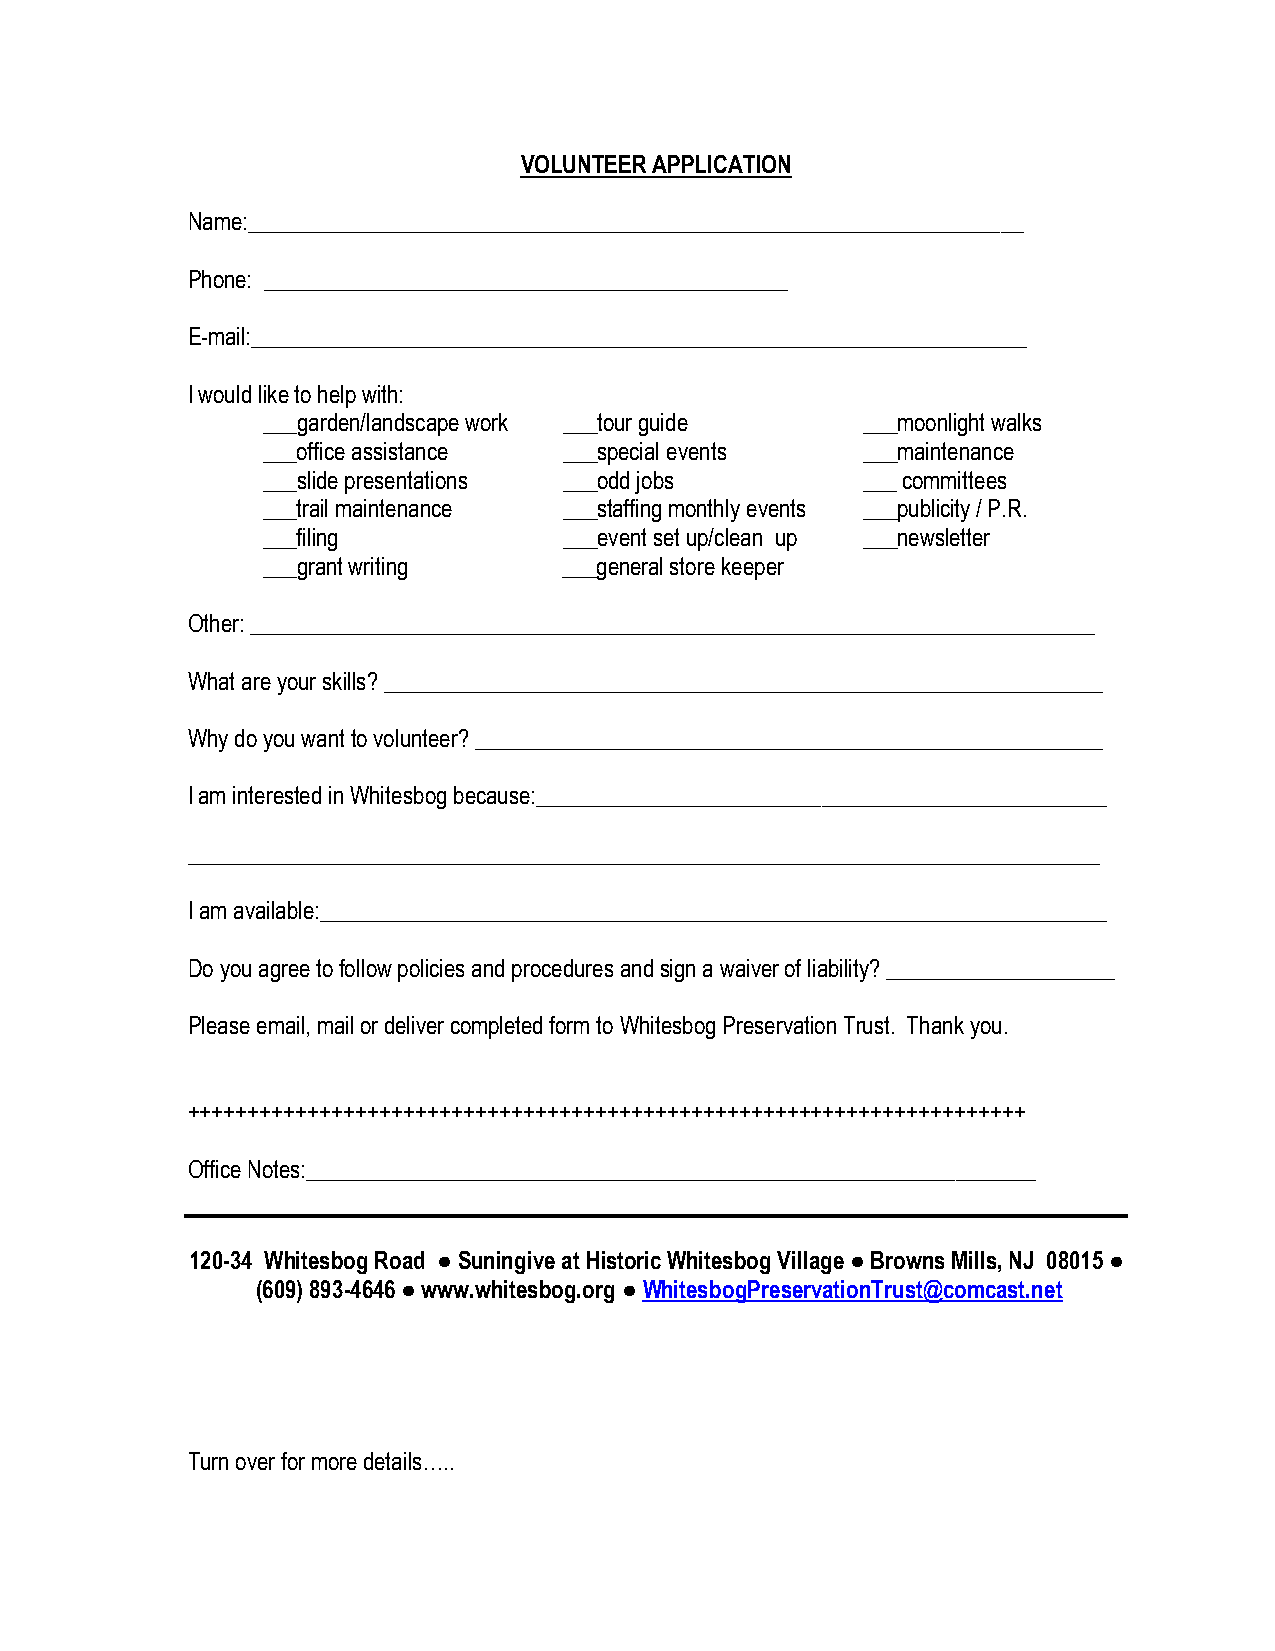
VOLUNTEER APPLICATION
 Name:____________________________________________________________________
 Phone: ______________________________________________
 E-mail:____________________________________________________________________
 I would like to help with:
 ___garden/landscape work ___tour guide  ___moonlight walks
 ___office assistance ___special events  ___maintenance
 ___slide presentations ___odd jobs      ___ committees
 ___trail maintenance ___staffing monthly events ___publicity / P.R.
 ___filing           ___event set up/clean up ___newsletter
 ___grant writing    ___general store keeper
 Other: __________________________________________________________________________
 What are your skills? _______________________________________________________________
 Why do you want to volunteer? _______________________________________________________
 I am interested in Whitesbog because:__________________________________________________
 ________________________________________________________________________________
 I am available:_____________________________________________________________________
 Do you agree to follow policies and procedures and sign a waiver of liability? ____________________
 Please email, mail or deliver completed form to Whitesbog Preservation Trust. Thank you.
 ++++++++++++++++++++++++++++++++++++++++++++++++++++++++++++++++++++++
 Office Notes:________________________________________________________________
 120-34 Whitesbog Road ● Suningive at Historic Whitesbog Village ● Browns Mills, NJ 08015 ●
 (609) 893-4646 ● www.whitesbog.org ● WhitesbogPreservationTrust@comcast.net
 Turn over for more details…..